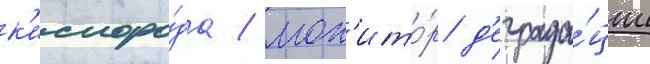
к'ислоро́да / мон'ито́р д'еграда́ции